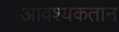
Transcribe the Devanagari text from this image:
आवश्यकतान